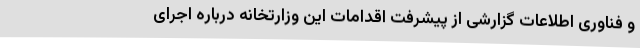
و فناوری اطلاعات گزارشی از پیشرفت اقدامات این وزارتخانه درباره اجرای